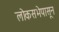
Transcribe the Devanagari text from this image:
लोकसभेपासून